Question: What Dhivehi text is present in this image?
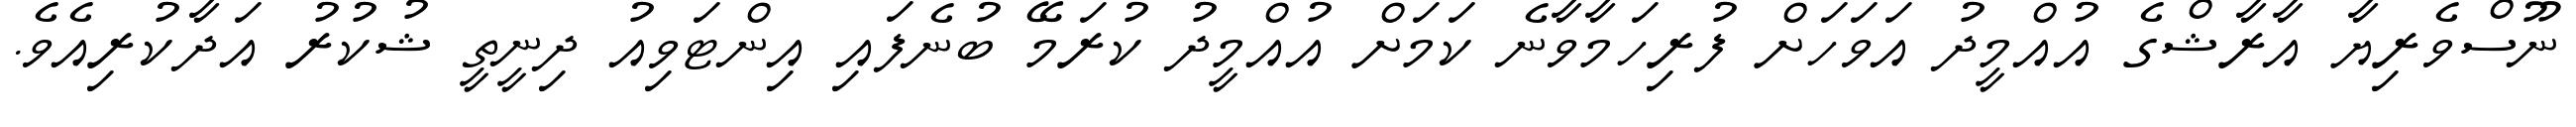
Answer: ނޫސްވެރިޔާ އާރާޝްގެ އުއްމީދު އަވަހަށް ފުރިހަމާވާނެ ކަމަށް އުއްމީދު ކުރަމޭ ބުނެފައި އިންޓަވިއު ދިނީތީ ޝުކުރު އަދާކުރިއެވެ.